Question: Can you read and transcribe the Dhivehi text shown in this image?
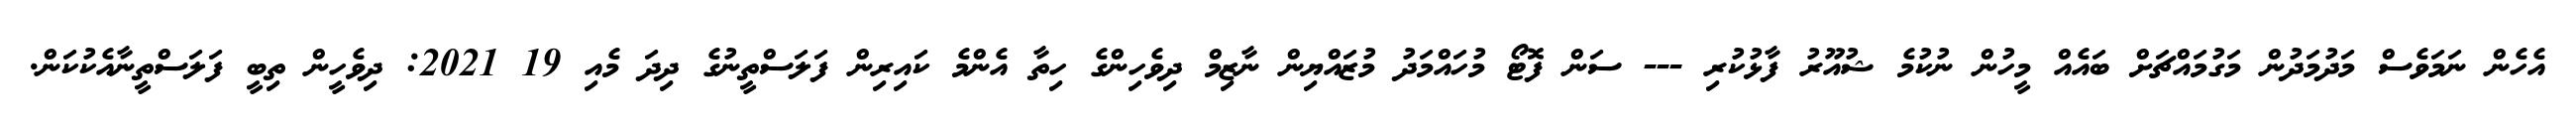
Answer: އެހެން ނަމަވެސް މަދުމަދުން މަގުމައްޗަށް ބައެއް މީހުން ނުކުމެ ޝުއޫރު ފާޅުކުރި --- ސަން ފޮޓޯ މުހައްމަދު މުޒައްޔިން ނާޒިމް ދިވެހިންގެ ހިތާ އެންމެ ކައިރިން ފަލަސްތީނުގެ ދިދަ މެއި 19 2021: ދިވެހީން ތިބީ ފަލަސްތީނާއެކުކަން.